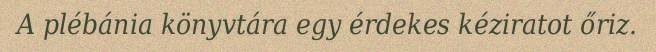
A plébánia könyvtára egy érdekes kéziratot őriz.